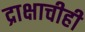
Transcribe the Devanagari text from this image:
द्राक्षाचीही